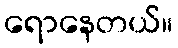
ရောနေတယ်။